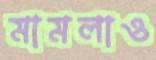
মামলাও